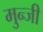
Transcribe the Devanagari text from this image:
मुन्जी